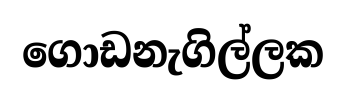
ගොඩනැගිල්ලක